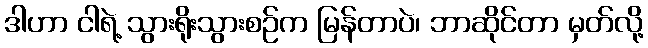
ဒါဟာ ငါရဲ့ သွားရိုးသွားစဉ်က မြန်တာပဲ၊ ဘာဆိုင်တာ မှတ်လို့